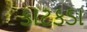
કાટકડા